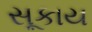
સૂકાય